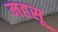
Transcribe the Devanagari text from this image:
महसू